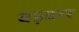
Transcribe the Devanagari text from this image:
बड़वार